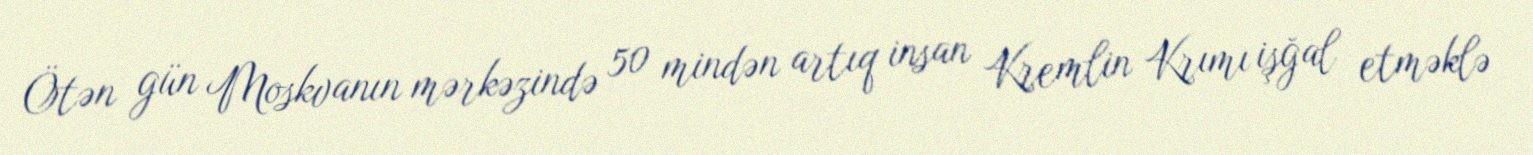
Ötən gün Moskvanın mərkəzində 50 mindən artıq insan Kremlin Krımı işğal etməklə